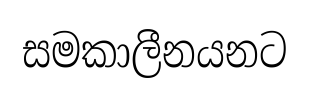
සමකාලීනයනට